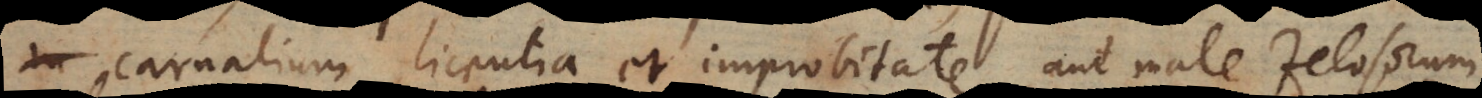
carnalium licentia et improbitate, aut male Zelosorum